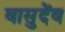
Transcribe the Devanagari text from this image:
वासुदेंव